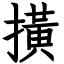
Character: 撗